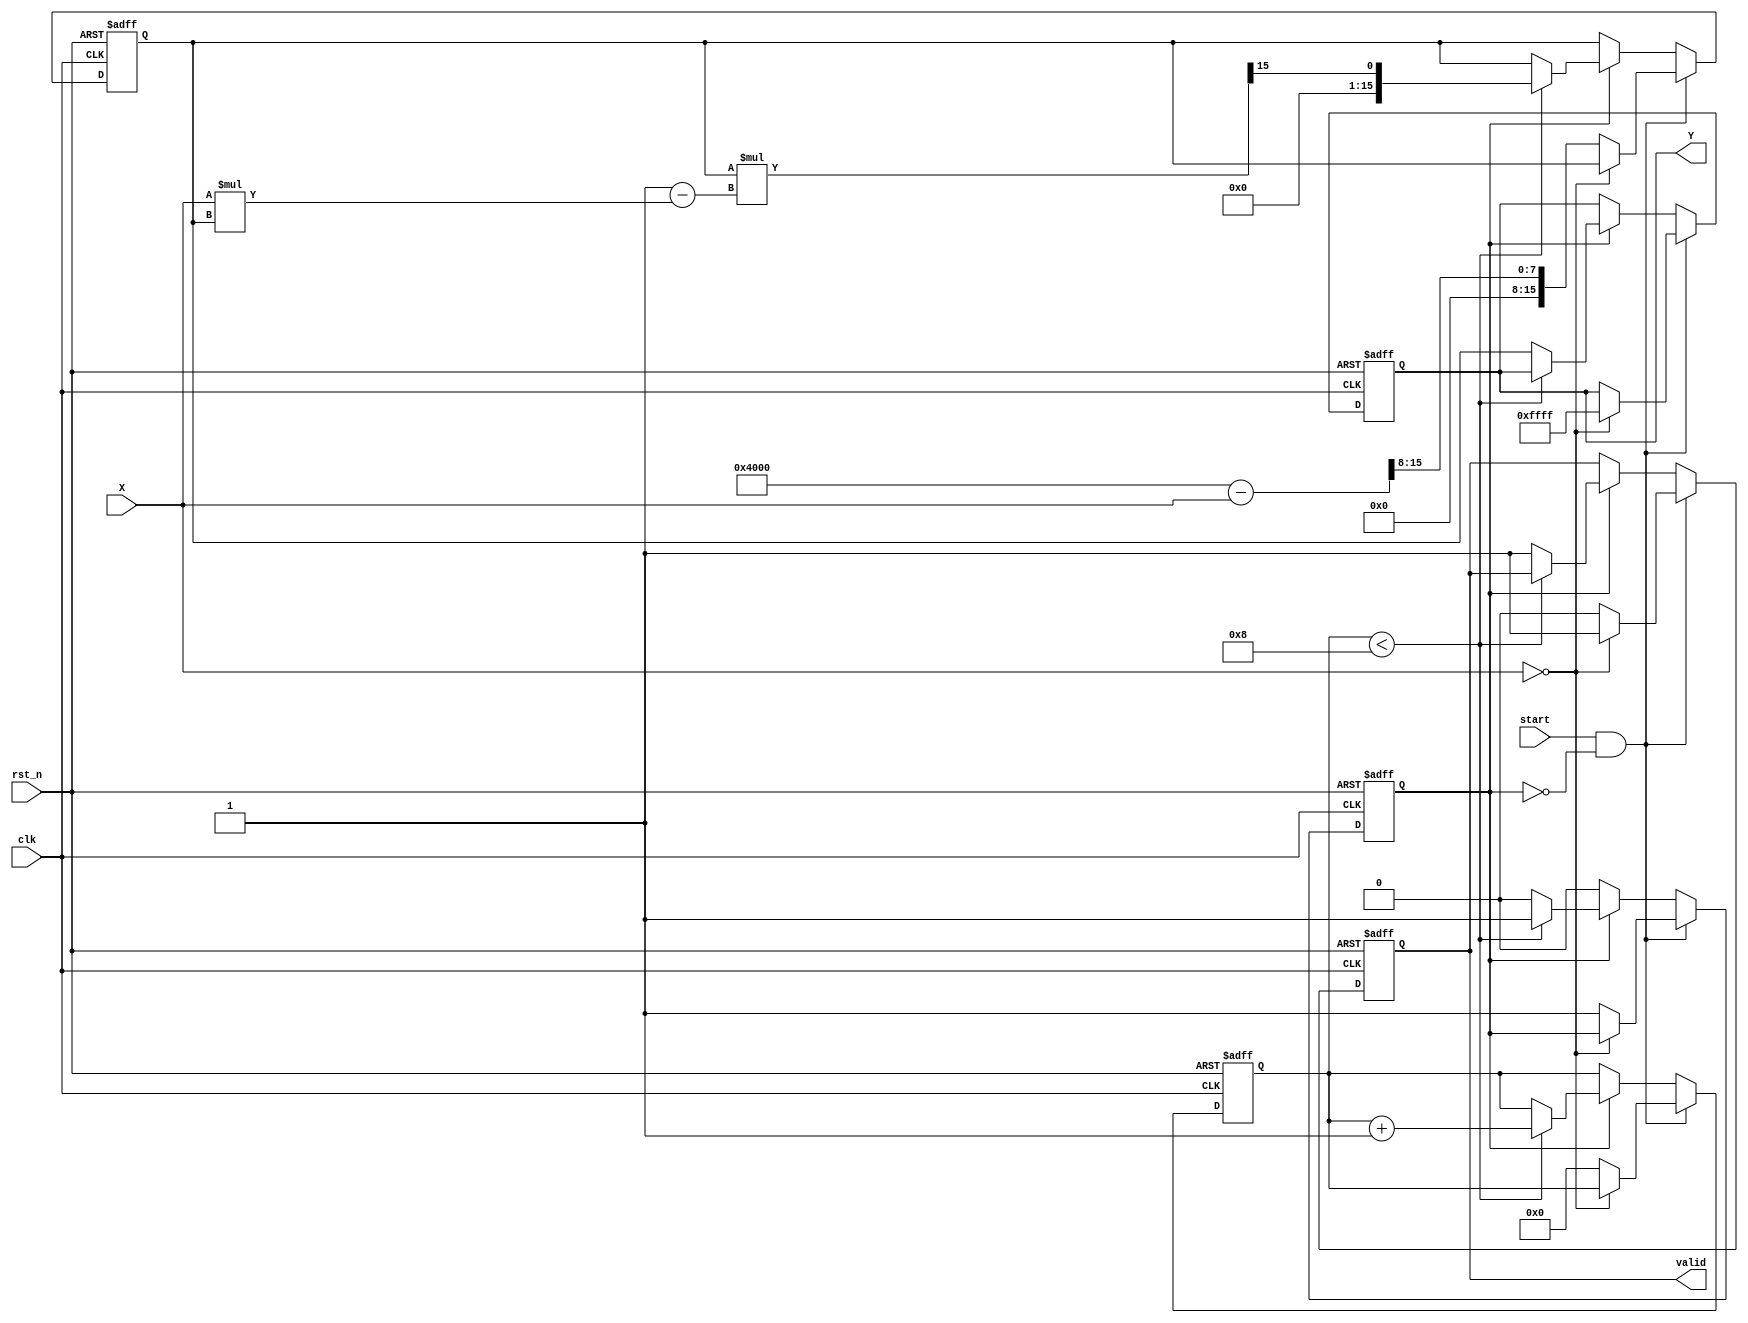
module BinaryFractionalReciprocal (
    input wire clk,                // Clock signal
    input wire rst_n,              // Active low reset
    input wire [15:0] X,           // Input data (16-bit fixed-point [0, 1))
    input wire start,              // Start signal for computation
    output reg [15:0] Y,           // Output data (16-bit fixed-point [1, ))
    output reg valid               // Output valid signal
);

    parameter MAX_RETRIES = 8;     // Maximum iterations for Newton-Raphson
    reg [15:0] approx;              // Approximation of the reciprocal
    reg [3:0] iteration_count;      // Count of iterations
    reg computing;                  // Status flag for computation

    // Constants for Newton-Raphson
    wire [15:0] one = 16'h4000;     // 1.0 in fixed-point (assuming Q1.15 representation)

    always @(posedge clk or negedge rst_n) begin
        if (!rst_n) begin
            Y <= 16'hFFFF;          // Default to max value for error (overflow)
            valid <= 0;
            approx <= 16'b0;
            iteration_count <= 0;
            computing <= 0;
        end else if (start && !computing) begin
            // Input validation for division by zero
            if (X == 16'b0) begin
                Y <= 16'hFFFF;      // Set output to max value to indicate error
                valid <= 1;
            end else begin
                approx <= (one - X) >> 8;  // Initial approximation: (1 - X) / 256
                iteration_count <= 0;
                computing <= 1;
                valid <= 0;
            end
        end else if (computing) begin
            // Newton-Raphson iteration
            if (iteration_count < MAX_RETRIES) begin
                approx <= approx * (two - (X * approx)) >> 15; // approx = approx * (2 - X * approx)
                iteration_count <= iteration_count + 1;
            end else begin
                Y <= approx;          // Final approximation to output
                valid <= 1;           // Indicate output is valid
                computing <= 0;       // Reset computing flag
            end
        end
    end

endmodule